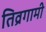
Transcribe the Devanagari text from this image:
तिव्रगामी